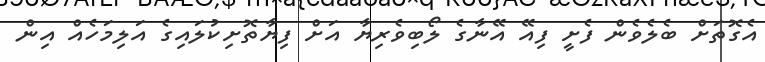
އެގޮތަށް ބެލެވެން ފެށީ ފިއޭ އޭނާގެ ލޯބިވެރިޔާ އަށް ފިޔާތޮށިކުލައިގެ އަލިމަހެއް އިން